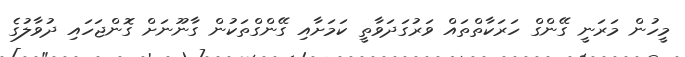
މީހުން މަރަނީ ގޭންގް ހަރަކާތްތައް ވަރުގަދަވާތީ ކަމަށާއި ގޭންގްތަކުން ގާނޫނަށް ގޮންޖަހައި ދުވާލުގެ